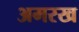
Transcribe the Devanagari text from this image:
अमरख